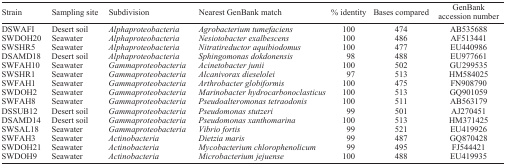
<table><thead><tr><td><b>Strain</b></td><td><b>Sampling site</b></td><td><b>Subdivision</b></td><td><b>Nearest GenBank match</b></td><td><b>% identity</b></td><td><b>Bases compared</b></td><td><b>GenBank accession number</b></td></tr></thead><tbody><tr><td>DSWAFI</td><td>Desert soil</td><td><i>Alphaproteobacteria</i></td><td><i>Agrobacterium tumefaciens</i></td><td>100</td><td>474</td><td>AB535688</td></tr><tr><td>SWDOH20</td><td>Seawater</td><td><i>Alphaproteobacteria</i></td><td><i>Nesiotobacter exalbescens</i></td><td>100</td><td>486</td><td>AF513441</td></tr><tr><td>SWSHR5</td><td>Seawater</td><td><i>Alphaproteobacteria</i></td><td><i>Nitratireductor aquibiodomus</i></td><td>100</td><td>477</td><td>EU440986</td></tr><tr><td>DSAMD18</td><td>Desert soil</td><td><i>Alphaproteobacteria</i></td><td><i>Sphingomonas dokdonensis</i></td><td>98</td><td>488</td><td>EU977661</td></tr><tr><td>SWFAH10</td><td>Seawater</td><td><i>Gammaproteobacteria</i></td><td><i>Acinetobacter junii</i></td><td>100</td><td>502</td><td>GU299535</td></tr><tr><td>SWSHR1</td><td>Seawater</td><td><i>Gammaproteobacteria</i></td><td><i>Alcanivorax dieselolei</i></td><td>97</td><td>513</td><td>HM584025</td></tr><tr><td>SWFAH1</td><td>Seawater</td><td><i>Gammaproteobacteria</i></td><td><i>Arthrobacter globiformis</i></td><td>100</td><td>475</td><td>FN908790</td></tr><tr><td>SWDOH2</td><td>Seawater</td><td><i>Gammaproteobacteria</i></td><td><i>Marinobacter hydrocarbonoclasticus</i></td><td>100</td><td>513</td><td>GQ901059</td></tr><tr><td>SWFAH8</td><td>Seawater</td><td><i>Gammaproteobacteria</i></td><td><i>Pseudoalteromonas tetraodonis</i></td><td>100</td><td>511</td><td>AB563179</td></tr><tr><td>DSSUB12</td><td>Desert soil</td><td><i>Gammaproteobacteria</i></td><td><i>Pseudomonas stutzeri</i></td><td>99</td><td>501</td><td>AJ270451</td></tr><tr><td>DSAMD14</td><td>Desert soil</td><td><i>Gammaproteobacteria</i></td><td><i>Pseudomonas xanthomarina</i></td><td>100</td><td>513</td><td>HM371425</td></tr><tr><td>SWSAL18</td><td>Seawater</td><td><i>Gammaproteobacteria</i></td><td><i>Vibrio fortis</i></td><td>99</td><td>521</td><td>EU419926</td></tr><tr><td>SWFAH3</td><td>Seawater</td><td><i>Actinobacteria</i></td><td><i>Dietzia maris</i></td><td>99</td><td>487</td><td>GQ870428</td></tr><tr><td>SWDOH21</td><td>Seawater</td><td><i>Actinobacteria</i></td><td><i>Mycobacterium chlorophenolicum</i></td><td>99</td><td>495</td><td>FJ544421</td></tr><tr><td>SWDOH9</td><td>Seawater</td><td><i>Actinobacteria</i></td><td><i>Microbacterium jejuense</i></td><td>100</td><td>488</td><td>EU419935</td></tr></tbody></table>